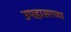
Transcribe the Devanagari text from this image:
उपहासाच्या